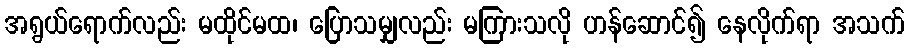
အရွယ်ရောက်လည်း မထိုင်မထ၊ ပြောသမျှလည်း မကြားသလို ဟန်ဆောင်၍ နေလိုက်ရာ အသက်